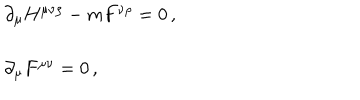
\begin{array} { r c l } { { } } & { { } } & { { \partial _ { \mu } H ^ { \mu \nu \rho } - m F ^ { \nu \rho } = 0 \, , } } \\ { { } } & { { } } & { { } } \\ { { } } & { { } } & { { \partial _ { \mu } F ^ { \mu \nu } = 0 \, , } } \\ \end{array}